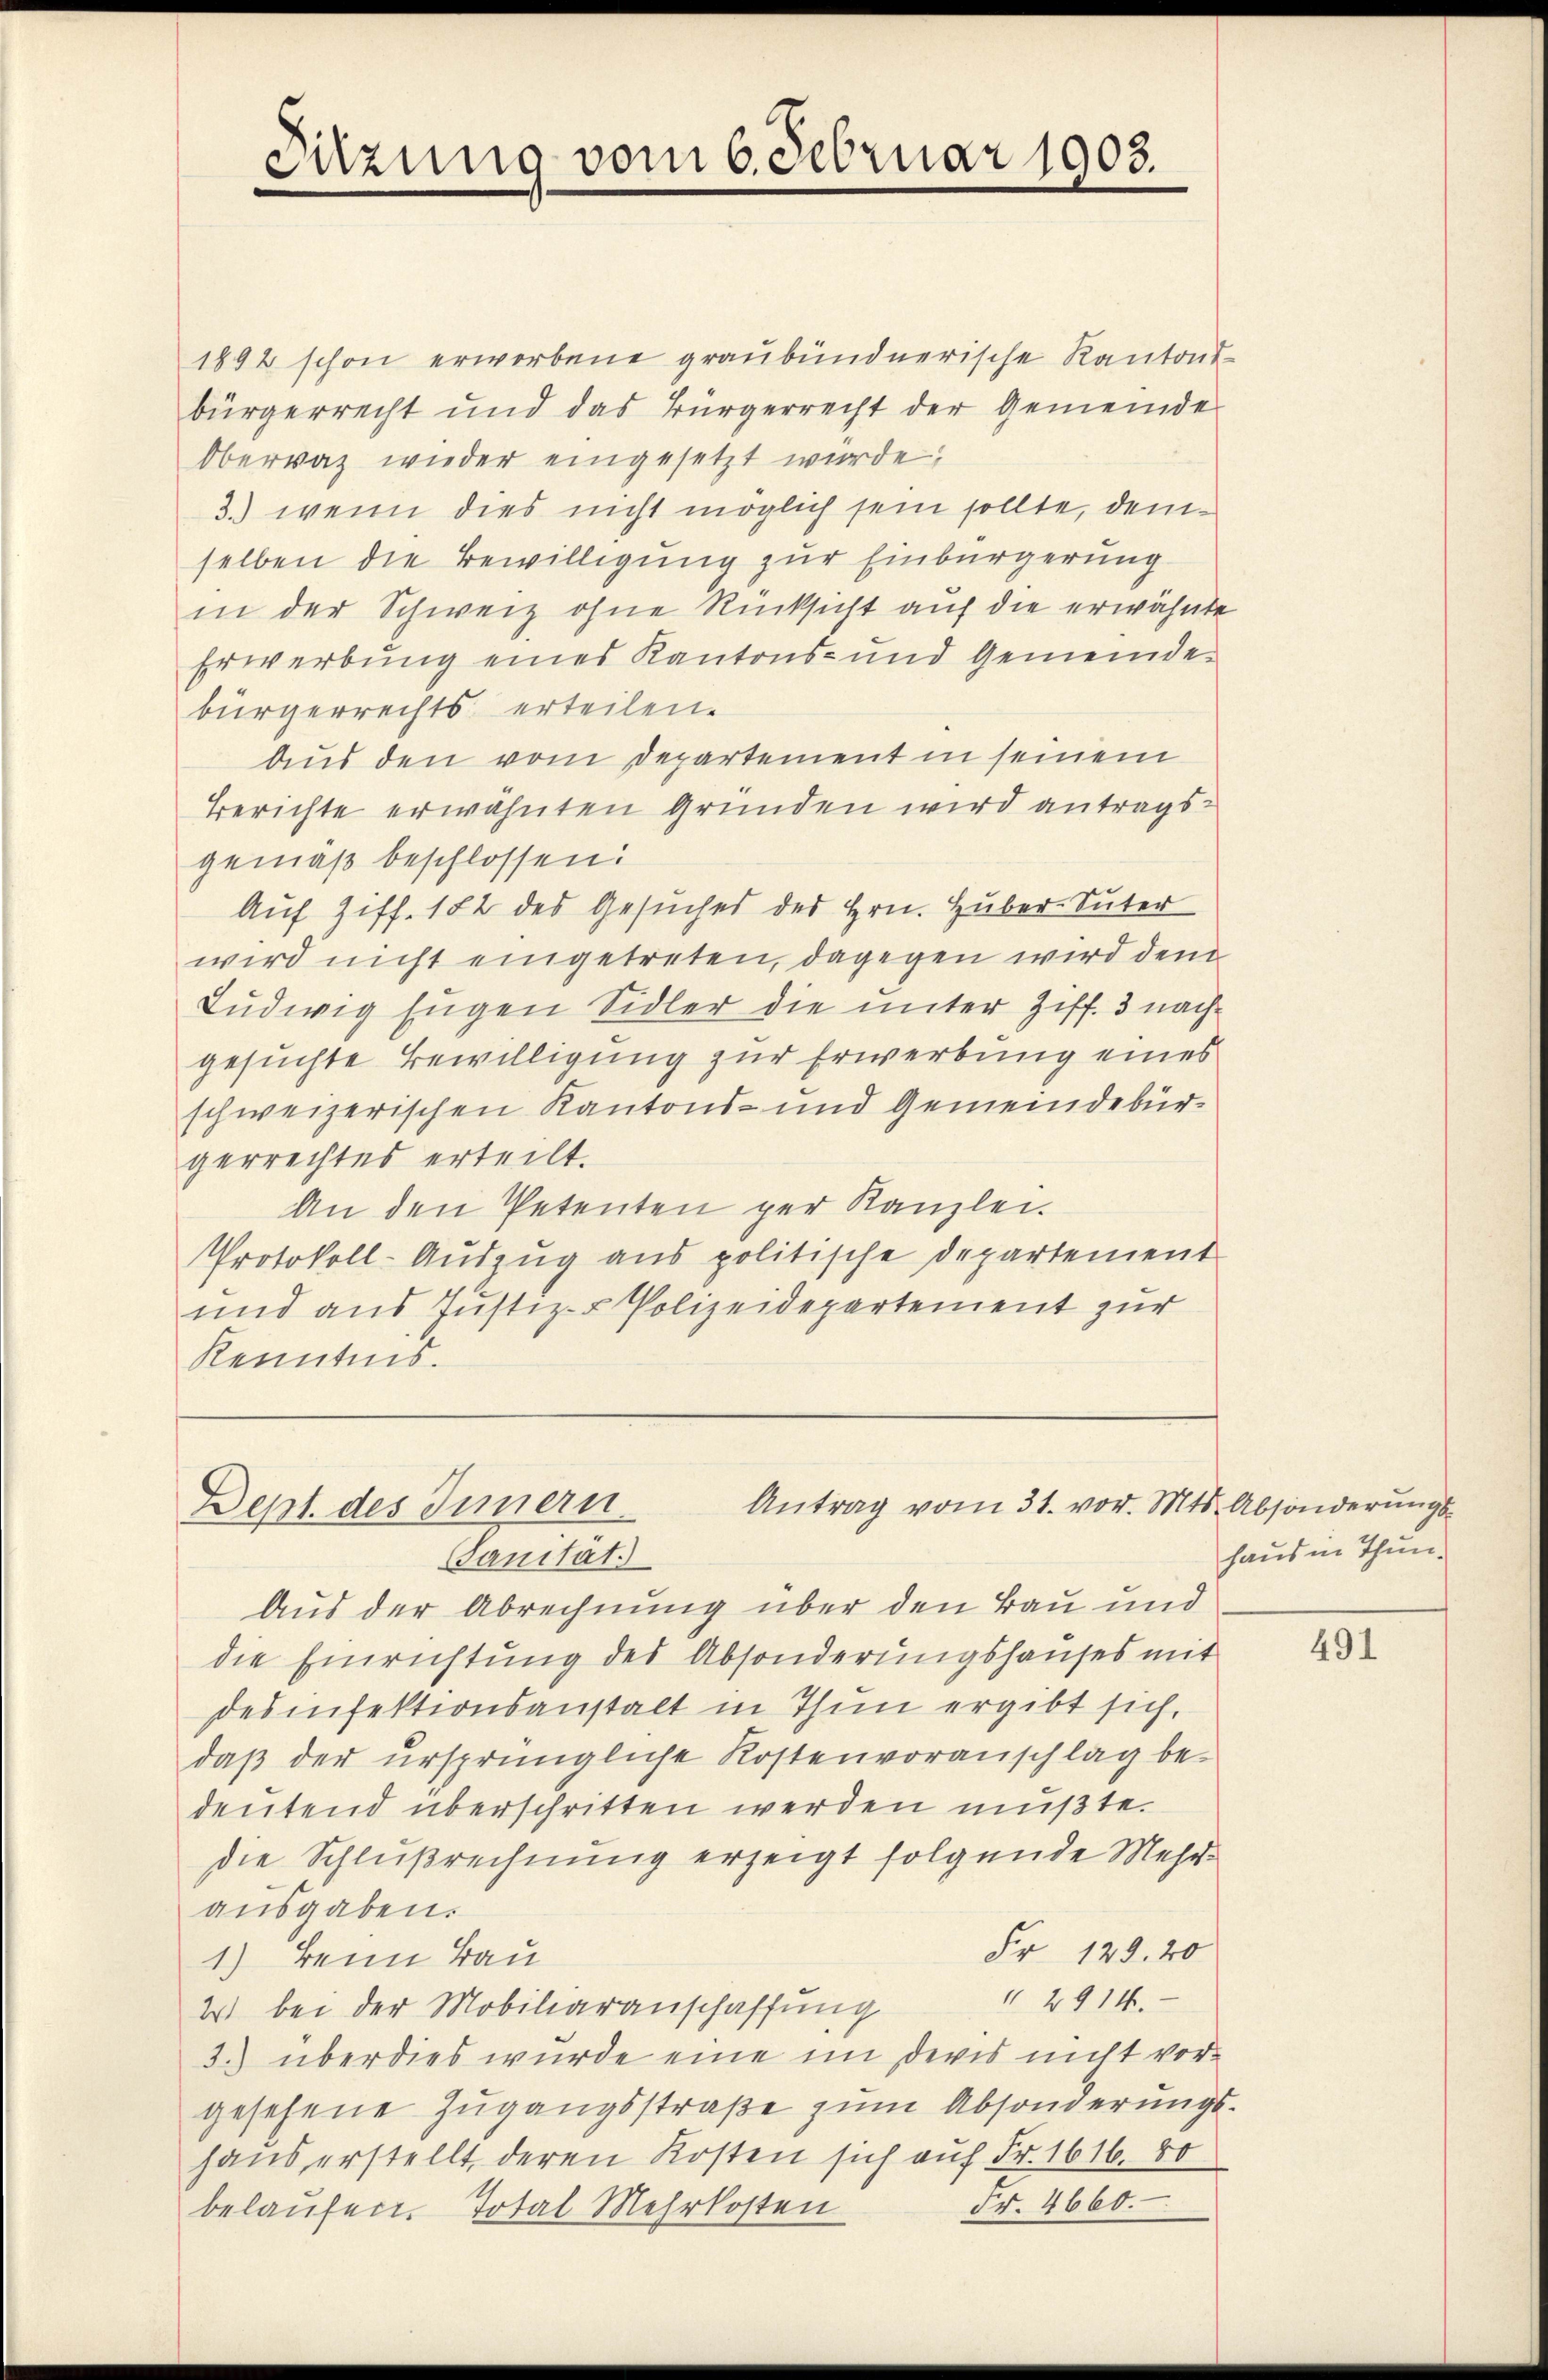
1892 schon erworbene graubündnerische Kantons-
bürgerrecht und das Bürgerrecht der Gemeinde
Oberrat wieder eingesetzt wurde,
3.) wenn dies nicht möglich sein sollte, demselben die Bewilligung zur Einbürgerung
in der Schweiz ohne Rücksicht auf die erwähnte
Erwerbung eines Kantons- und Gemeinde-
bürgerrechts erteilen.
Aus den vom Departement in seinem
Berichte erwähnten Gründen wird antrags-
gemäß beschlossen:
Auf Ziff. 182 des Gesuches des Hrn. Huber Suter
wird nicht eingetreten, dagegen wird dem
Ludwig Eugen Sidler die unter Ziff. 3 nachgesuchte Bewilligung zur Erwerbung eines
schweizerischen Kantons- und Gemeindebürgerrechtes erteilt.
An den Petenten per Kanzlei.
Protokoll-Auszug aus politische Departement
und aus Justiz- & Polizeidepartement zur
Kenntnis.

Sitzung vom 6. Februar 1903.

Antrag vom 31. vor. Mts. Absonderungs¬
Dept des Innern.

Sanitat.
Aus der Abrechnung über den Bau und
die Einrichtung des Absonderungshauses mit
desinfektionsanstalt in Thun ergibt sich.
daß der ursprüngliche Kostenvoranschlag be-
deutend überschritten werden müßte.
die Schlußrechnung erzeigt folgende Mehr-
ausgaben.
Fr. 129. 20
1.) Beim Bau
2914.
2 bei der Mobiliaranschaffung
3.) überdies wurde eine im deres nicht vorgesehene Zugangsstraße zum Absonderungshaus erstellt deren Kosten sich auf Fr. 1616. 80
Fr. 4660.
belaufen. Total Mehrkosten

haus in Thun.

491